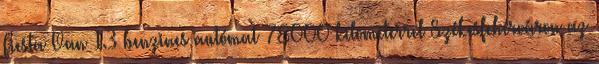
Fiesta Van 1.3 benzines autómat 78000 kilométerrel Székesfehérváron az